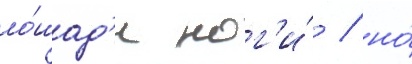
ло́шад'и ног'и́ / но́